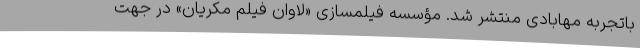
باتجربه مهابادی منتشر شد. مؤسسه فیلمسازی «لاوان فیلم مکریان» در جهت